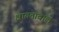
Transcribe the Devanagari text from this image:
क्षायतावाले